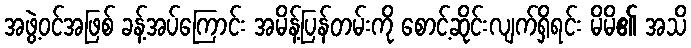
အဖွဲ့ဝင်အဖြစ် ခန့်အပ်ကြောင်း အမိန့်ပြန်တမ်းကို စောင့်ဆိုင်းလျက်ရှိရင်း မိမိ၏ အသိ